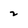
Character: 2